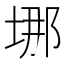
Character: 𡌈